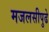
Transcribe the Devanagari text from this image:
मजलसीपुढे